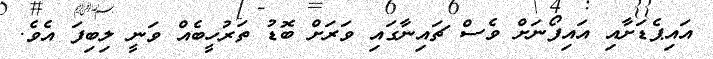
އައިޕެޑަށާއި އައިފޯނަށް ވެސް ޗައިނާގައި ވަރަށް ބޮޑު ތަރުހީބެއް ވަނީ ލިބިފަ އެވެ.